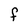
Character: F